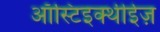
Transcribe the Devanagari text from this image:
ऑस्टिइक्थीईज़